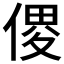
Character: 𠋻